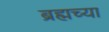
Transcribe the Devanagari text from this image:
ब्रह्मच्या